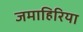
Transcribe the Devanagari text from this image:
जमाहिरिया